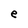
Character: e